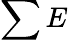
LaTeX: \sum E